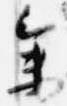
参